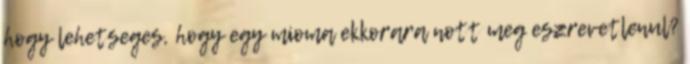
hogy lehetseges, hogy egy mioma ekkorara nott meg eszrevetlenul?